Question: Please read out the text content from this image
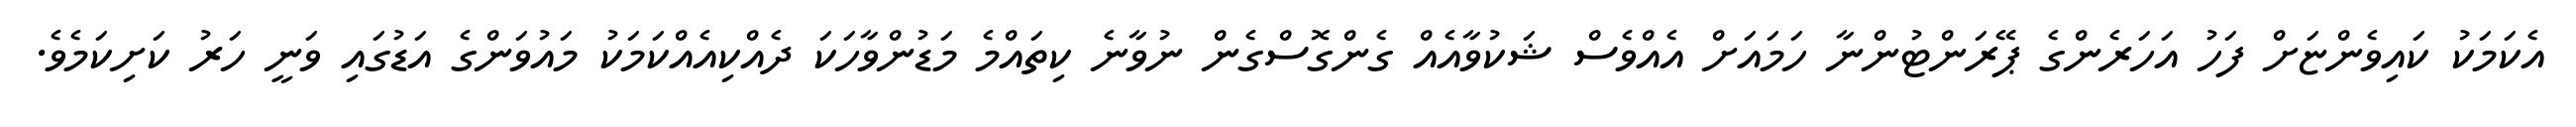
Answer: އެކަމަކު ކައިވެންޏަށް ފަހު އަހަރެންގެ ޕޭރަންޓުންނާ ހަމައަށް އެއްވެސް ޝަކުވާއެއް ގެންގޮސްގެން ނުވާނެ ކިތައްމެ މަޑުންވާހަކަ ދެއްކިއެއްކަމަކު މައުވަންގެ އަޑުގައި ވަނީ ހަރު ކަށިކަމެވެ.